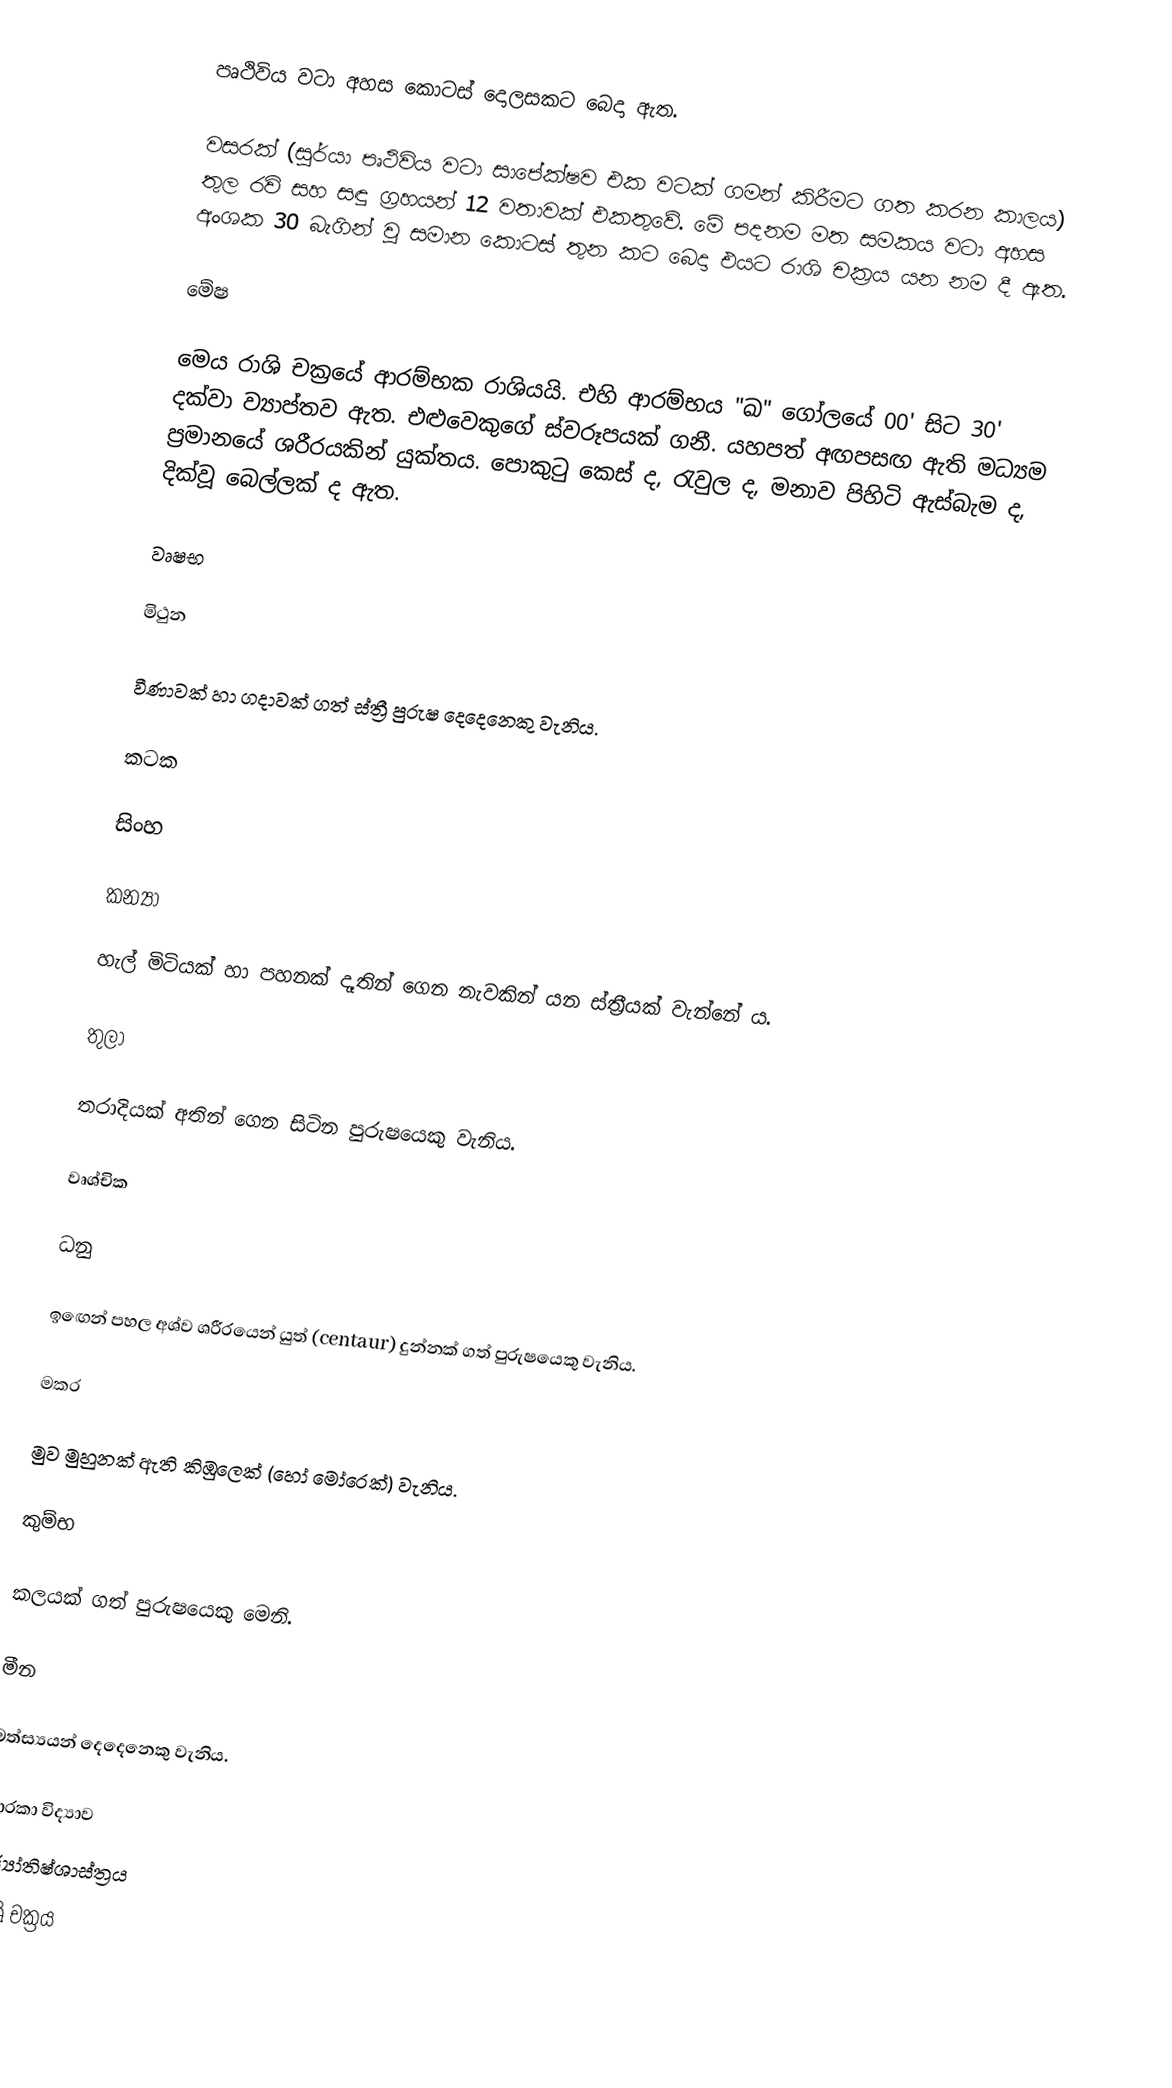
පෘථිවිය වටා අහස කොටස් දොලසකට බෙදා ඇත.

වසරක් (සූර්යා පෘථිවිය වටා සාපේක්ෂව එක වටක් ගමන් කිරීමට ගත කරන කාලය) තුල රවි සහ සඳු ග්‍රහයන් 12 වතාවක් එකතුවේ. මේ පදනම මත සමකය වටා අහස අංශක 30 බැගින් වූ සමාන කොටස් තුන කට බෙදා එයට රාශි චක්‍රය යන නම දී ඇත.

මේෂ

මෙය රාශි චක්‍රයේ ආරම්භක රාශියයි. එහි ආරම්භය "ඛ" ගෝලයේ 00' සිට 30' දක්වා ව්‍යාප්තව ඇත. එළුවෙකුගේ ස්වරූපයක් ගනී. යහපත් අඟපසඟ ඇති මධ්‍යම ප්‍රමානයේ ශරීරයකින් යුක්තය. පොකුටු කෙස් ද, රැවුල ද, මනාව පිහිටි ඇස්බැම ද, දික්වූ බෙල්ලක් ද ඇත.

වෘෂභ

මිථුන

වීණාවක් හා ගදාවක් ගත් ස්ත්‍රී පුරුෂ දෙදෙනෙකු වැනිය.

කටක

සිංහ

කන්‍යා

හැල් මිටියක් හා පහනක් දෑතින් ගෙන නැවකින් යන ස්ත්‍රීයක් වැන්නේ ය.

තුලා

තරාදියක් අතින් ගෙන සිටින පුරුෂයෙකු වැනිය.

වෘශ්චික

ධනු

ඉඟෙන් පහල අශ්ව ශරීරයෙන් යුත් (centaur) දුන්නක් ගත් පුරුෂයෙකු වැනිය.

මකර

මුව මුහුනක් ඇති කිඹුලෙක් (හෝ මෝරෙක්) වැනිය.

කුම්භ

කලයක් ගත් පුරුෂයෙකු මෙනි.

මීන

මත්ස්‍යයන් දෙදෙනෙකු වැනිය.

තාරකා විද්‍යාව
ජ්‍යෝතිෂ්ශාස්ත්‍රය
රාශි චක්‍රය